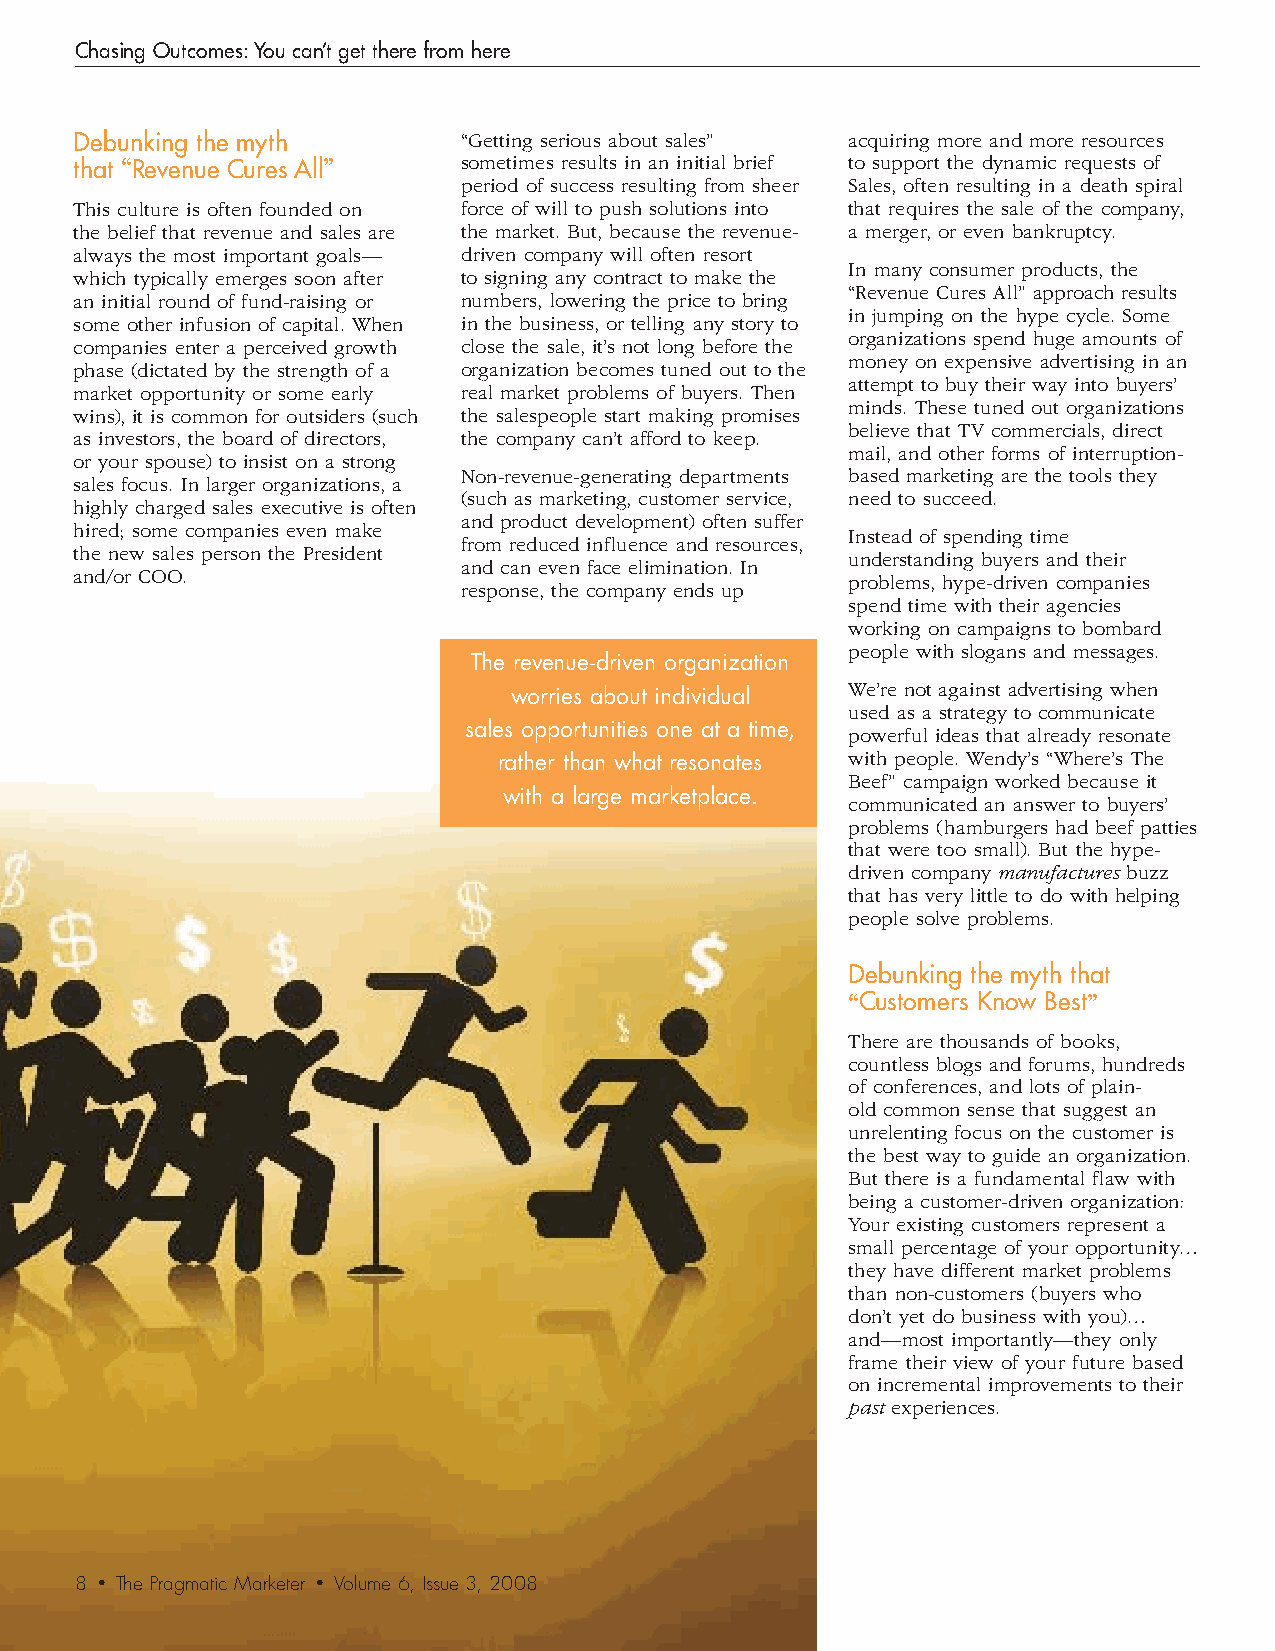
Chasing Outcomes: You can’t get there from here
 Debunking the myth        “Getting serious about sales” acquiring more and more resources
 that “Revenue Cures All”  sometimes results in an initial brief to support the dynamic requests of
 period of success resulting from sheer Sales, often resulting in a death spiral
 This culture is often founded on force of will to push solutions into that requires the sale of the company,
 the belief that revenue and sales are the market. But, because the revenue- a merger, or even bankruptcy.
 always the most important goals— driven company will often resort
 In many consumer products, the
 which typically emerges soon after to signing any contract to make the
 “Revenue Cures All” approach results
 an initial round of fund-raising or numbers, lowering the price to bring
 in jumping on the hype cycle. Some
 some other infusion of capital. When in the business, or telling any story to
 organizations spend huge amounts of
 companies enter a perceived growth close the sale, it’s not long before the
 money on expensive advertising in an
 phase (dictated by the strength of a organization becomes tuned out to the
 attempt to buy their way into buyers’
 market opportunity or some early real market problems of buyers. Then
 minds. These tuned out organizations
 wins), it is common for outsiders (such the salespeople start making promises
 believe that TV commercials, direct
 as investors, the board of directors, the company can’t afford to keep.
 mail, and other forms of interruption-
 or your spouse) to insist on a strong
 Non-revenue-generating departments based marketing are the tools they
 sales focus. In larger organizations, a
 (such as marketing, customer service, need to succeed.
 highly charged sales executive is often
 and product development) often suffer
 hired; some companies even make                    Instead of spending time
 from reduced influence and resources,
 the new sales person the President                 understanding buyers and their
 and can even face elimination. In
 and/or COO.                                        problems, hype-driven companies
 response, the company ends up
 spend time with their agencies
 working on campaigns to bombard
 people with slogans and messages.
 The revenue-driven organization
 We’re not against advertising when
 worries about individual
 used as a strategy to communicate
 sales opportunities one at a time, powerful ideas that already resonate
 rather than what resonates with people. Wendy’s “Where’s The
 Beef” campaign worked because it
 with a large marketplace.
 communicated an answer to buyers’
 problems (hamburgers had beef patties
 that were too small). But the hype-
 driven company manufactures buzz
 that has very little to do with helping
 people solve problems.
 Debunking the myth that
 “Customers Know Best”
 There are thousands of books,
 countless blogs and forums, hundreds
 of conferences, and lots of plain-
 old common sense that suggest an
 unrelenting focus on the customer is
 the best way to guide an organization.
 But there is a fundamental flaw with
 being a customer-driven organization:
 Your existing customers represent a
 small percentage of your opportunity…
 they have different market problems
 than non-customers (buyers who
 don’t yet do business with you)…
 and—most importantly—they only
 frame their view of your future based
 on incremental improvements to their
 past experiences.
 8 • The Pragmatic Marketer • Volume 6, Issue 3, 2008